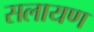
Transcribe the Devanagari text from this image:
सलायण